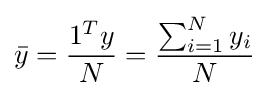
{\bar {y}}={\frac {1^{T}y}{N}}={\frac {\sum _{i=1}^{N}y_{i}}{N}}